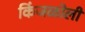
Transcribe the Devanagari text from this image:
किंजळोली